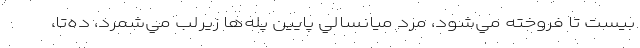
بيست تا فروخته مي‌شود، مرد ميانسالي پايين پله‌ها زيرلب مي‌شمرد، ده‌تا،